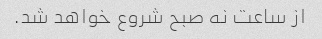
از ساعت نه صبح شروع خواهد شد.